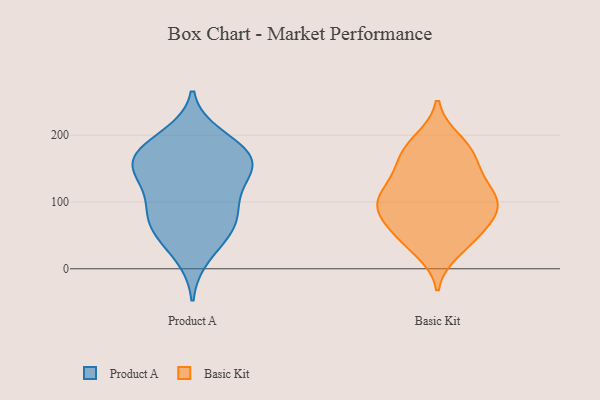
{"axis": {"x": "Churn Rate (%)", "y": "Value"}, "legend": ["Basic Kit", "Product A"], "data": [{"x": "", "y": 84, "type": "Product A"}, {"x": "", "y": 184, "type": "Product A"}, {"x": "", "y": 19, "type": "Product A"}, {"x": "", "y": 96, "type": "Product A"}, {"x": "", "y": 55, "type": "Product A"}, {"x": "", "y": 148, "type": "Product A"}, {"x": "", "y": 57, "type": "Product A"}, {"x": "", "y": 147, "type": "Product A"}, {"x": "", "y": 97, "type": "Product A"}, {"x": "", "y": 62, "type": "Product A"}, {"x": "", "y": 132, "type": "Product A"}, {"x": "", "y": 156, "type": "Product A"}, {"x": "", "y": 158, "type": "Product A"}, {"x": "", "y": 180, "type": "Product A"}, {"x": "", "y": 167, "type": "Product A"}, {"x": "", "y": 199, "type": "Product A"}, {"x": "", "y": 113, "type": "Basic Kit"}, {"x": "", "y": 38, "type": "Basic Kit"}, {"x": "", "y": 87, "type": "Basic Kit"}, {"x": "", "y": 109, "type": "Basic Kit"}, {"x": "", "y": 80, "type": "Basic Kit"}, {"x": "", "y": 68, "type": "Basic Kit"}, {"x": "", "y": 50, "type": "Basic Kit"}, {"x": "", "y": 143, "type": "Basic Kit"}, {"x": "", "y": 175, "type": "Basic Kit"}, {"x": "", "y": 162, "type": "Basic Kit"}, {"x": "", "y": 188, "type": "Basic Kit"}, {"x": "", "y": 99, "type": "Basic Kit"}, {"x": "", "y": 161, "type": "Basic Kit"}, {"x": "", "y": 107, "type": "Basic Kit"}, {"x": "", "y": 83, "type": "Basic Kit"}, {"x": "", "y": 101, "type": "Basic Kit"}, {"x": "", "y": 193, "type": "Basic Kit"}, {"x": "", "y": 26, "type": "Basic Kit"}, {"x": "", "y": 131, "type": "Basic Kit"}, {"x": "", "y": 50, "type": "Basic Kit"}]}